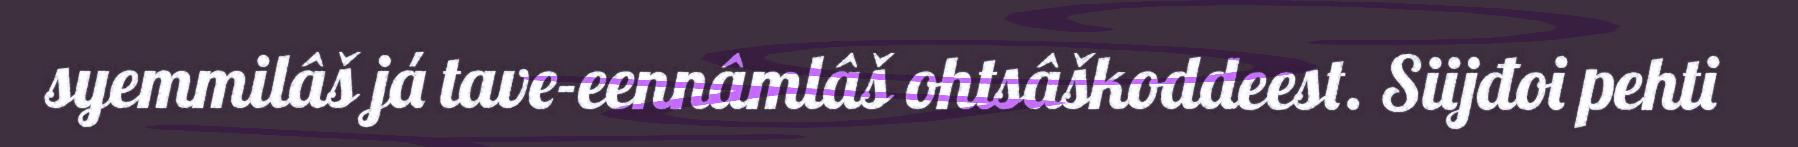
syemmilâš já tave-eennâmlâš ohtsâškoddeest. Siijđoi pehti